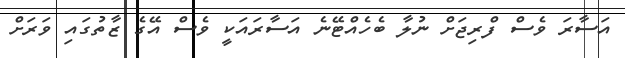
އަސާރަ ވެސް ފްރިޖަށް ނުލާ ބެހެއްޓޭނެ އަސާރައަކީ ވެސް އޭގެ ޒާތުގައި ވަރަށް